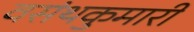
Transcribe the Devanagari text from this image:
वसंथकुमारी